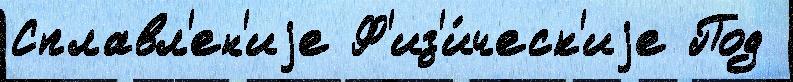
Сплавл'ен'иjе Ф'из'и́ческ'иjе Под